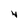
Character: 4